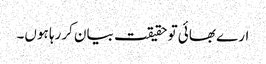
ارے بھائی تو حقیقت بیان کررہا ہوں۔